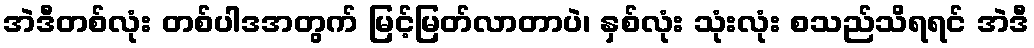
အဲဒီတစ်လုံး တစ်ပါဒအတွက် မြင့်မြတ်လာတာပဲ၊ နှစ်လုံး သုံးလုံး စသည်သိရရင် အဲဒီ